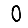
Digit: 0